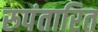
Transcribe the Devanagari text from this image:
रुपंतारित